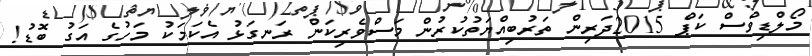
މޯލްޑިވްސް ކަޕް 2015ދަރިން ތަރުބިއްޔަތުކުރުން މަސްވެރިކަން ރަނގަޅު އެކަމަކު މަހުގެ އަގު ބޮޑު!